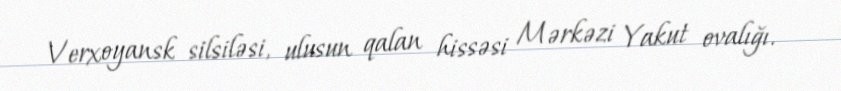
Verxoyansk silsiləsi, ulusun qalan hissəsi Mərkəzi Yakut ovalığı.